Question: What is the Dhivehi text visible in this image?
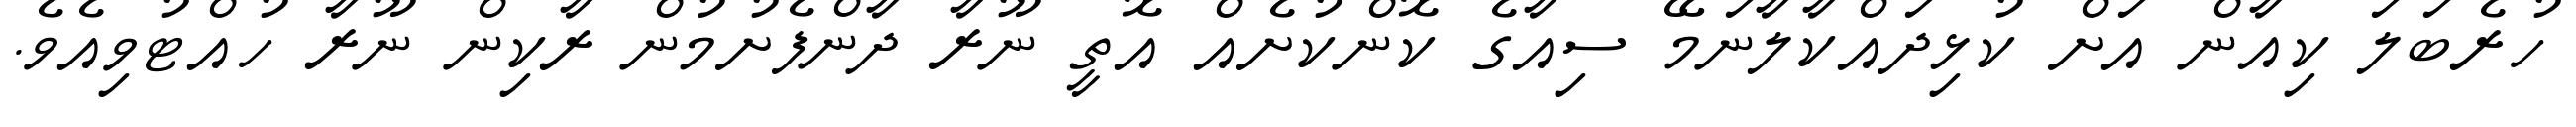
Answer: ހުރެބަލަ ކިއާން އަށް ކުޅިދައްކާލާނަމޭ ސިއާގެ ކޮންކުށެއް އޮތީ ނޫރާ ދާންފެށުމުން ރާކިން ނޫރާ ހުއްޓުވިއެވެ.